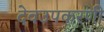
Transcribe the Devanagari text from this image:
देवउपकरणी